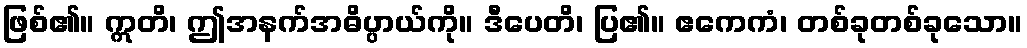
ဖြစ်၏။ ဣတိ၊ ဤအနက်အဓိပ္ပာယ်ကို။ ဒီပေတိ၊ ပြ၏။ ဧကေကံ၊ တစ်ခုတစ်ခုသော။